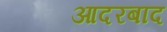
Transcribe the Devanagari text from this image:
आदरबाद